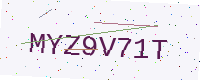
Text: MYZ9V71T